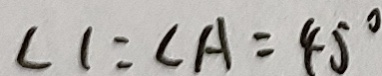
\angle 1 = \angle A = 4 5 ^ { \circ }